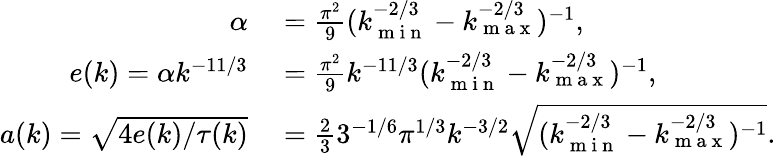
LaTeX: \begin{array}{rl}{\alpha}&{{}=\frac{\pi^{2}}{9}(k_{\mathrm{~m~i~n~}}^{-2/3}-k_{\mathrm{~m~a~x~}}^{-2/3})^{-1},}\\ {e(k)=\alpha k^{-11/3}}&{{}=\frac{\pi^{2}}{9}k^{-11/3}(k_{\mathrm{~m~i~n~}}^{-2/3}-k_{\mathrm{~m~a~x~}}^{-2/3})^{-1},}\\ {a(k)=\sqrt{4e(k)/\tau(k)}}&{{}=\frac{2}{3}3^{-1/6}\pi^{1/3}k^{-3/2}\sqrt{(k_{\mathrm{~m~i~n~}}^{-2/3}-k_{\mathrm{~m~a~x~}}^{-2/3})^{-1}}.}\end{array}